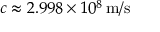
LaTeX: c \approx 2 . 9 9 8 \times 1 0 ^ { 8 } \, { \mathrm { m / s } }